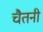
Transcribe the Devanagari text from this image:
चैतनी